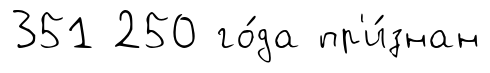
351 250 го́да пр'и́знан